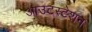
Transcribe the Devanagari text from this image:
आउटस्टेशन